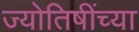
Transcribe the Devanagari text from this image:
ज्योतिषींच्या